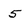
Character: 5